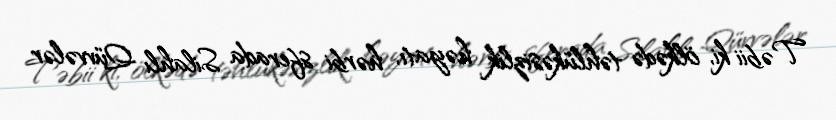
Təbii ki, ölkədə təhlükəsizlik həyatı, hərbi sferada Silahlı Qüvvələr